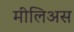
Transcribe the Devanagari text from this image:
मीलिअस